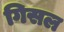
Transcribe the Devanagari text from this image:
गिसल